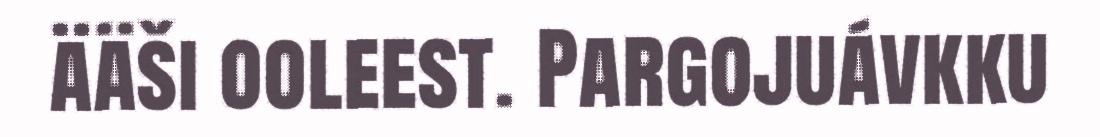
ääši ooleest. Pargojuávkku